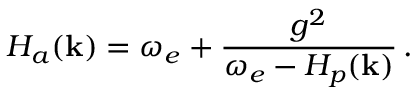
H _ { a } ( \mathbf { k } ) = \omega _ { e } + \frac { g ^ { 2 } } { \omega _ { e } - H _ { p } ( \mathbf { k } ) } \, .